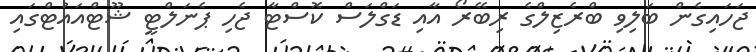
ޖަހައިގެން ބަލިވި ބްރެޒިލްގެ ރިބޭރޯ އާއި ޑަގްލަސް ކޮސްޓާ ޖެހި ޕެނަލްޓީ ޝޫޓްއައުޓްގައި